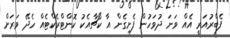
ފެބްރުއަރީ އެއް ވަނަ ދުވަހުން ފެށިގެން އާ ކޯޗާއެކު ކޮންޓްރެކްޓެއް ހެދޭ ވަރަށް